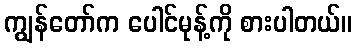
ကျွန်တော်က ပေါင်မုန့်ကို စားပါတယ်။